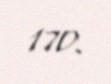
170.